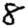
Digit: 8